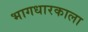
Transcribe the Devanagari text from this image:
भागधारकाला